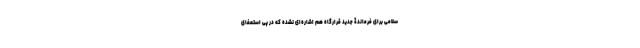
سلامی برای فرماندۀ جدید قرارگاه هم اشاره‌ای نشده که در پی استعفای